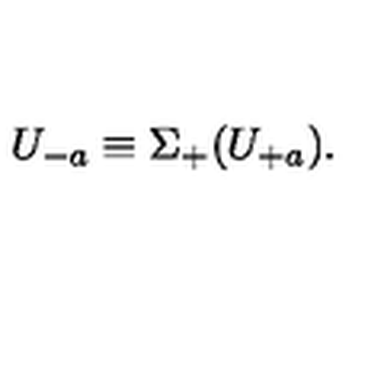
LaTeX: U _ { - a } \equiv \Sigma _ { + } ( U _ { + a } ) .